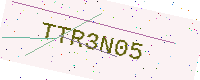
Text: TTR3N05